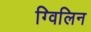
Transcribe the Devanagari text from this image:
ग्विलिन